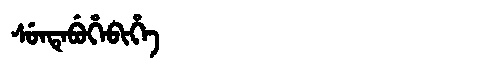
Manchu: ᠰᡠᠨᡨᡝᠪᡠᡥᡝᠪᡳᡥᡝ
Romanization: SUNTEBUHEBIHE